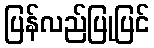
ပြန်လည်ပြုပြင်